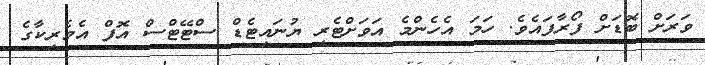
ވަރަށް ބޮޑަށް ފޯރާފައެވެ. ހަމަ އެހެންމެ އަވަށްޓެރި ޔުނައިޓެޑް ސްޓޭޓްސް އޮފް އެމެރިކާގެ